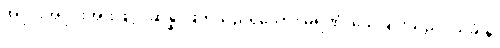
အပိုင်းအပိုင်းအားဖြင့်။ ဆိန္နံ၊ ဖြတ်သည်ရှိသော်။ မရဏံ၊ သေခြင်းသည်။ သုခံ နု၊